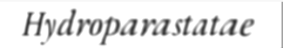
Hydroparastatae